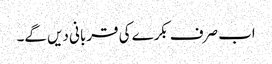
اب صرف بکرے کی قربانی دیں گے۔